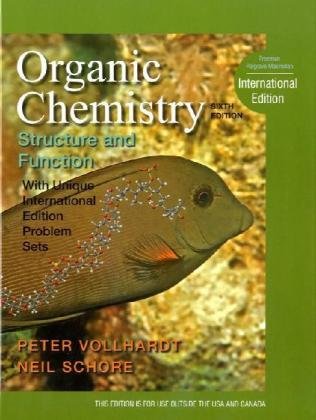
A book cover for Organic Chemistry: Structure and Function; K. Peter C.; Schore, Neil E. Vollhardt; Science & Math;